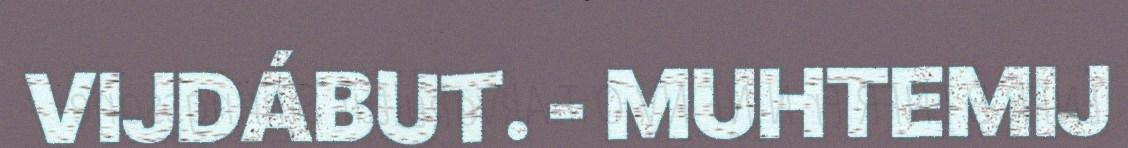
VIJDÁBUT. - MUHTEMIJ